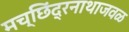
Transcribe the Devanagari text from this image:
मच्छिंद्रनाथाजवळ